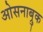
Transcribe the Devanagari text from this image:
ओसनाब्रुक